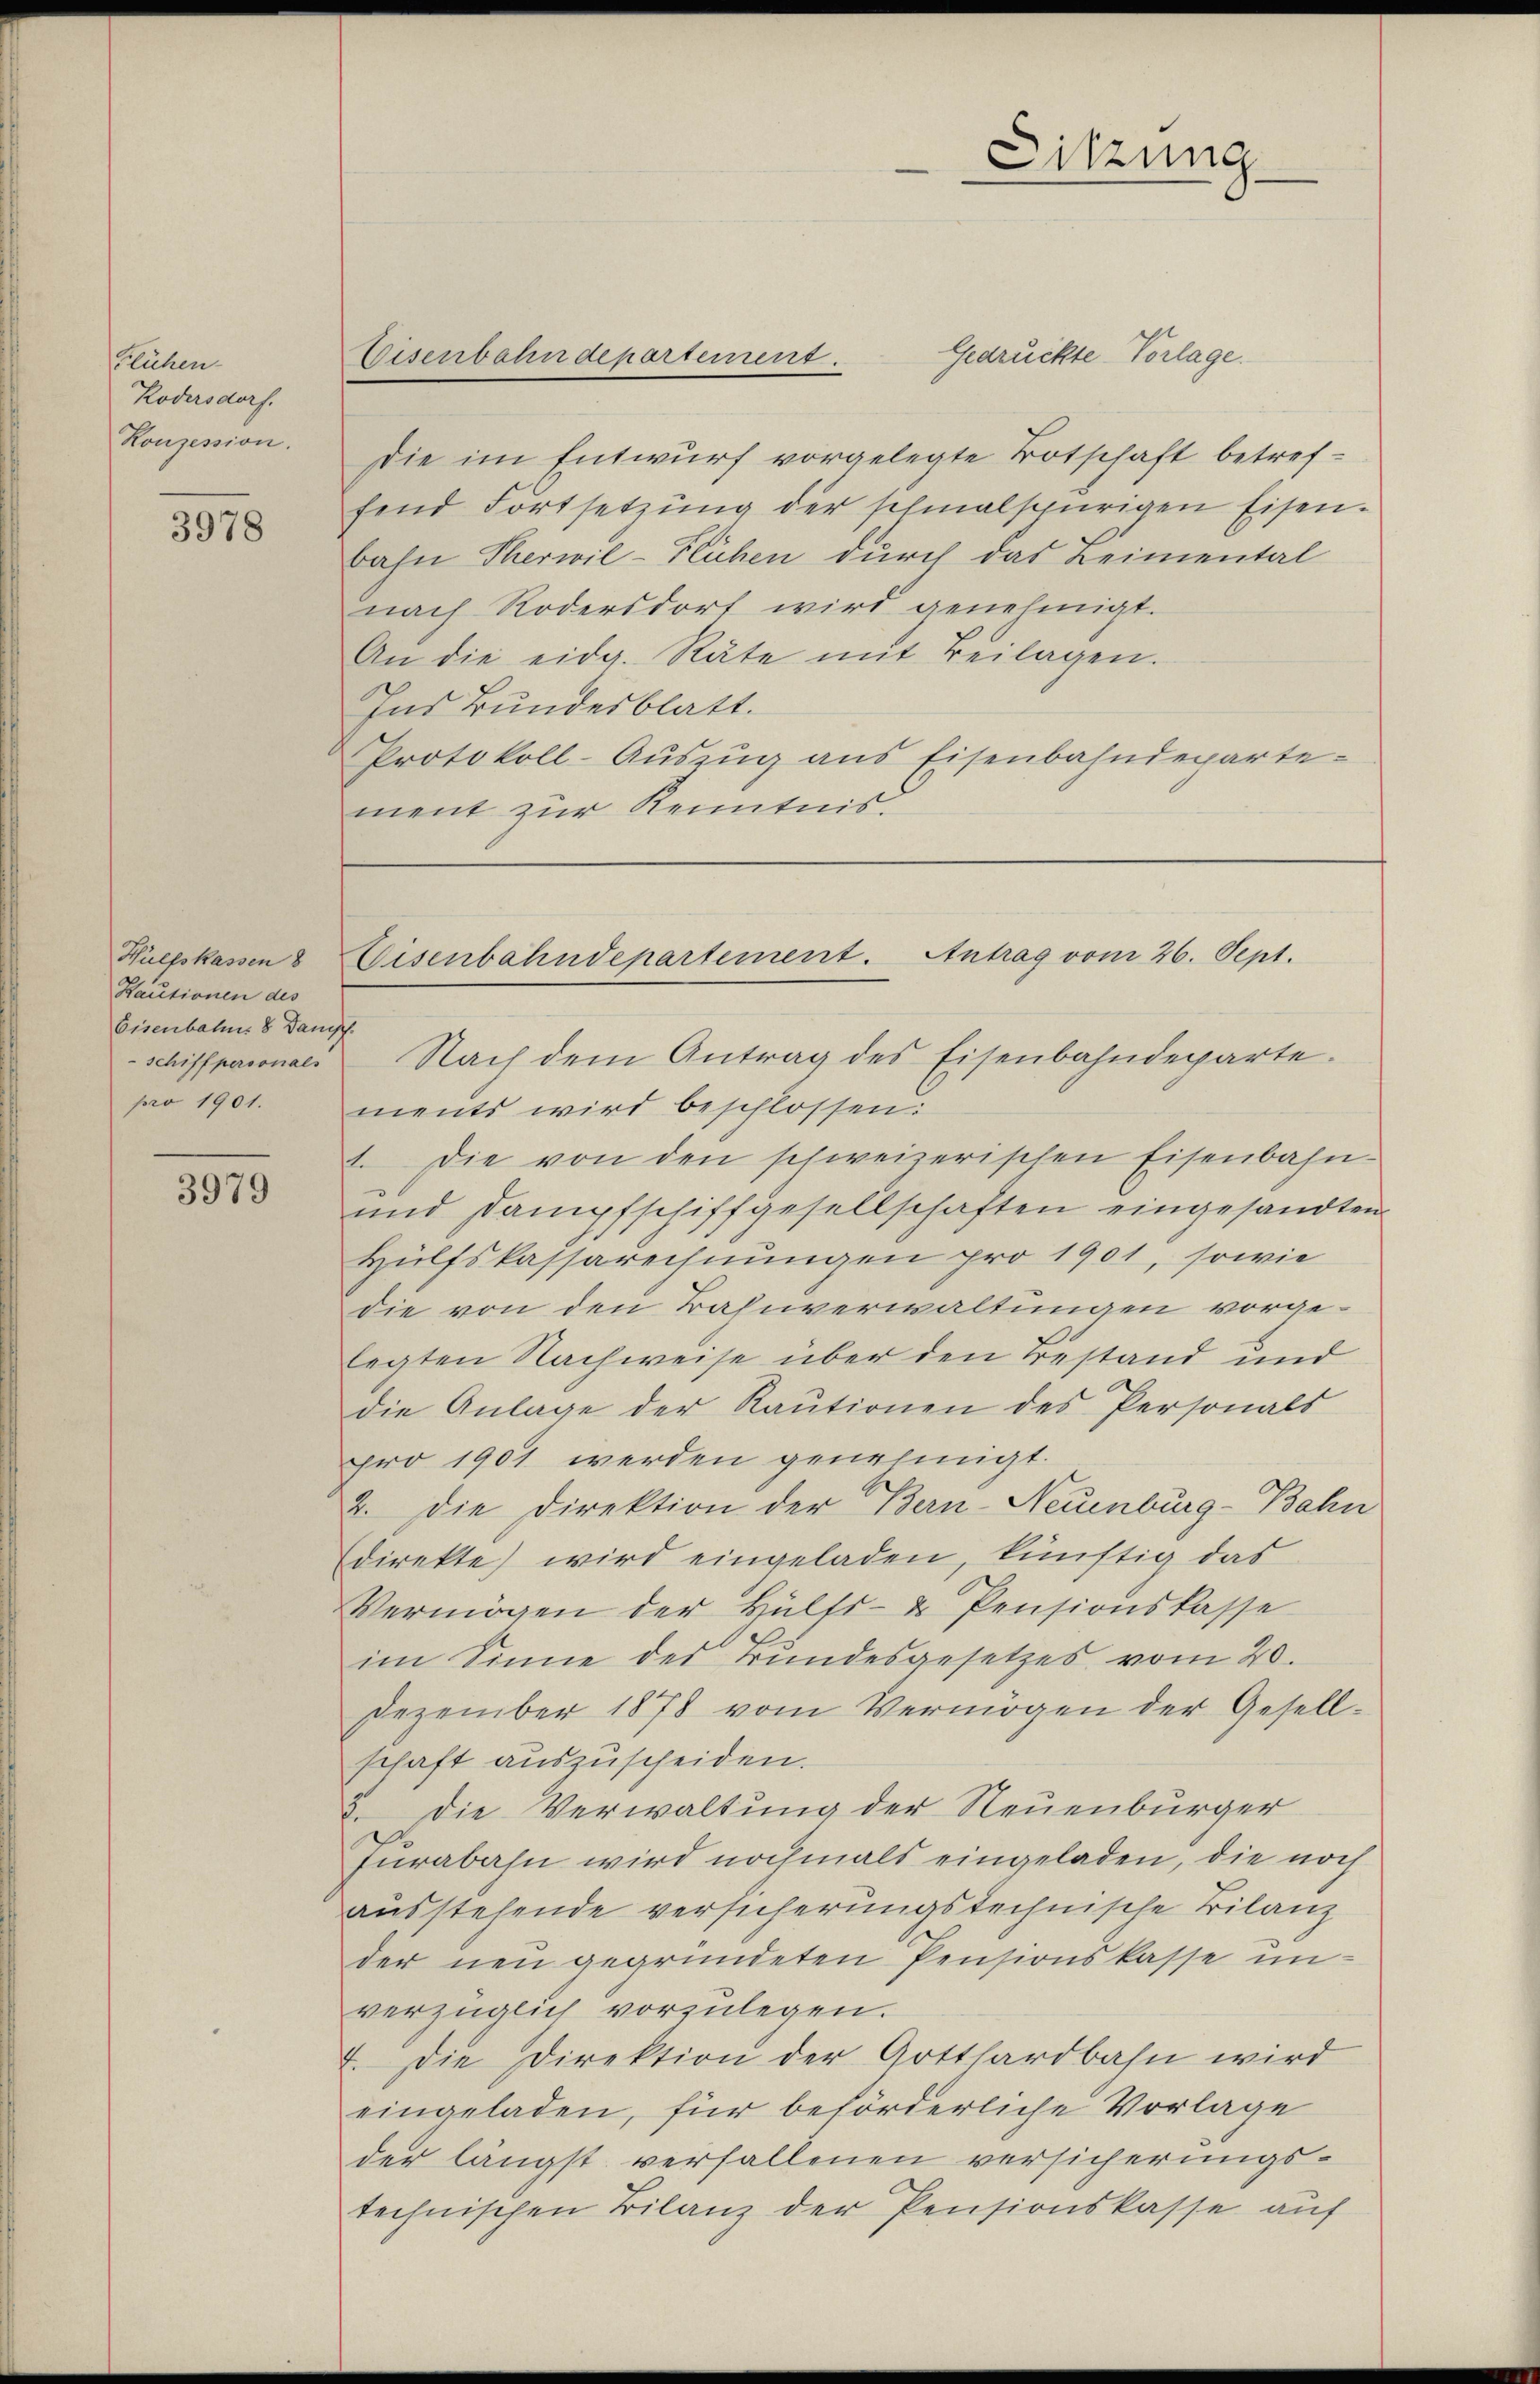
Flüchen.
Kodersdorf.
Konzession.

3978

Hülfskassen 8
Hautionen des
Eisenbahns 8 Dampf.
pro 1901.

3979

Gedrückte Vorlage.
Die im Entwurf vorgelegte Botschaft betreffend Fortsetzŭng der schmalspurigen Eisen.
bahn Therwil-Flühen durch das Leimental
nach Rodersdorf wird genehmigt.
An die eidg. Rate mit Beilagen.
Ins Bundesblatt.
Protokoll-Auszug aus Eisenbahndepartement zur Kenntnis.

Eisenbahndepartement.

Sitzung

Eisenbahndepartement. Antrag vom 26. Sept.

Schiffpaionals Nach dem Antrag des Eisenbahndeparte.
ments wird beschlossen:
1. Die von den schweizerischen Eisenbahn-
und Dampfschiffgesellschaften eingesandten
Hülfskassarechnungen pro 1901, sowie
die von den Bahnverwaltungen vorgelegten Nachweise über den Bestand und
die Anlage der Raŭtionen des Personals
pro 1901 werden genehmigt.
2. Die Direktion der Bern-Neuenburg-Bahn
Edirekte) wird eingeladen, künftig das
Vermögen der Hülfs- & Pensionskasse
im Sinne des Bundesgesetzes vom 20.
Dezember 1878 vom Vermögen der Gesell-
schaft auszuscheiden.
2. Die Verwaltung der Neuenburger
Jurabahn wird nochmals eingeladen, die noch
ausstehende versicherungstechnische Bilanz
der neu gegründeten Pensionskasse unverzüglich vorzulegen.
I. Die Direktion der Gotthardbahn wird
eingeladen, für beförderliche Vorlage
der längst verfallenen versicherungstechnischen Bilanz der Pensionskasse auf